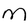
Character: m